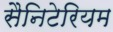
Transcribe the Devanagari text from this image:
सैनिटेरियम